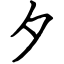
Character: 夕